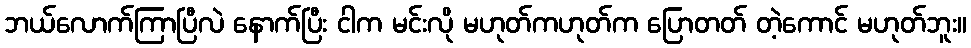
ဘယ်လောက်ကြာပြီလဲ နောက်ပြီး ငါက မင်းလို မဟုတ်ကဟုတ်က ပြောတတ် တဲ့ကောင် မဟုတ်ဘူး။